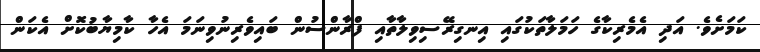
ކަމަށެވެ. އަދި އެމެރިކާގެ ހަމަލާތަކުގައި އިނގިރޭސިވިލާތާއި ފްރާންސުން ބައިވެރިނުވިނަމަ އެހާ ކާމިޔާބުކޮށް އެކަން